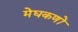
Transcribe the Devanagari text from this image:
मेघकणों